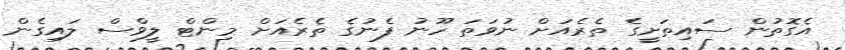
އެގޮތުން ސައިތަށީގެ ތެރެއަށް ނުވަތަ ހޫނު ފެނުގެ ތެރެއަށް މިންޓް ލީވްސް ލައިގެން